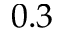
0 . 3